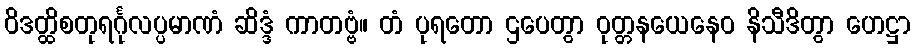
ဝိဒတ္ထိစတုရင်္ဂုလပ္ပမာဏံ ဆိဒ္ဒံ ကာတဗ္ဗံ။ တံ ပုရတော ဌပေတွာ ဝုတ္တနယေနေဝ နိသီဒိတွာ ဟေဋ္ဌာ